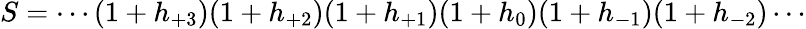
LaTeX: S=\cdots(1+h_{+3})(1+h_{+2})(1+h_{+1})(1+h_{0})(1+h_{-1})(1+h_{-2})\cdots